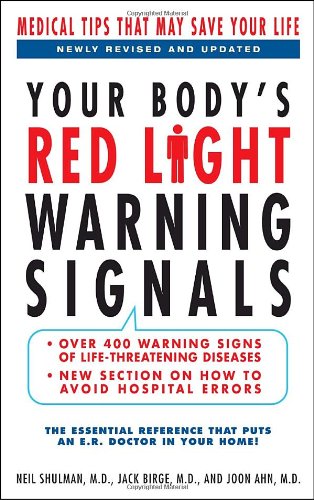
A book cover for Your Body's Red Light Warning Signals, revised edition: Medical Tips That May Save Your Life; Neil Shulman; Health, Fitness & Dieting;